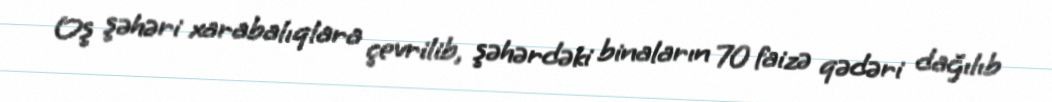
Oş şəhəri xarabalıqlara çevrilib, şəhərdəki binaların 70 faizə qədəri dağılıb